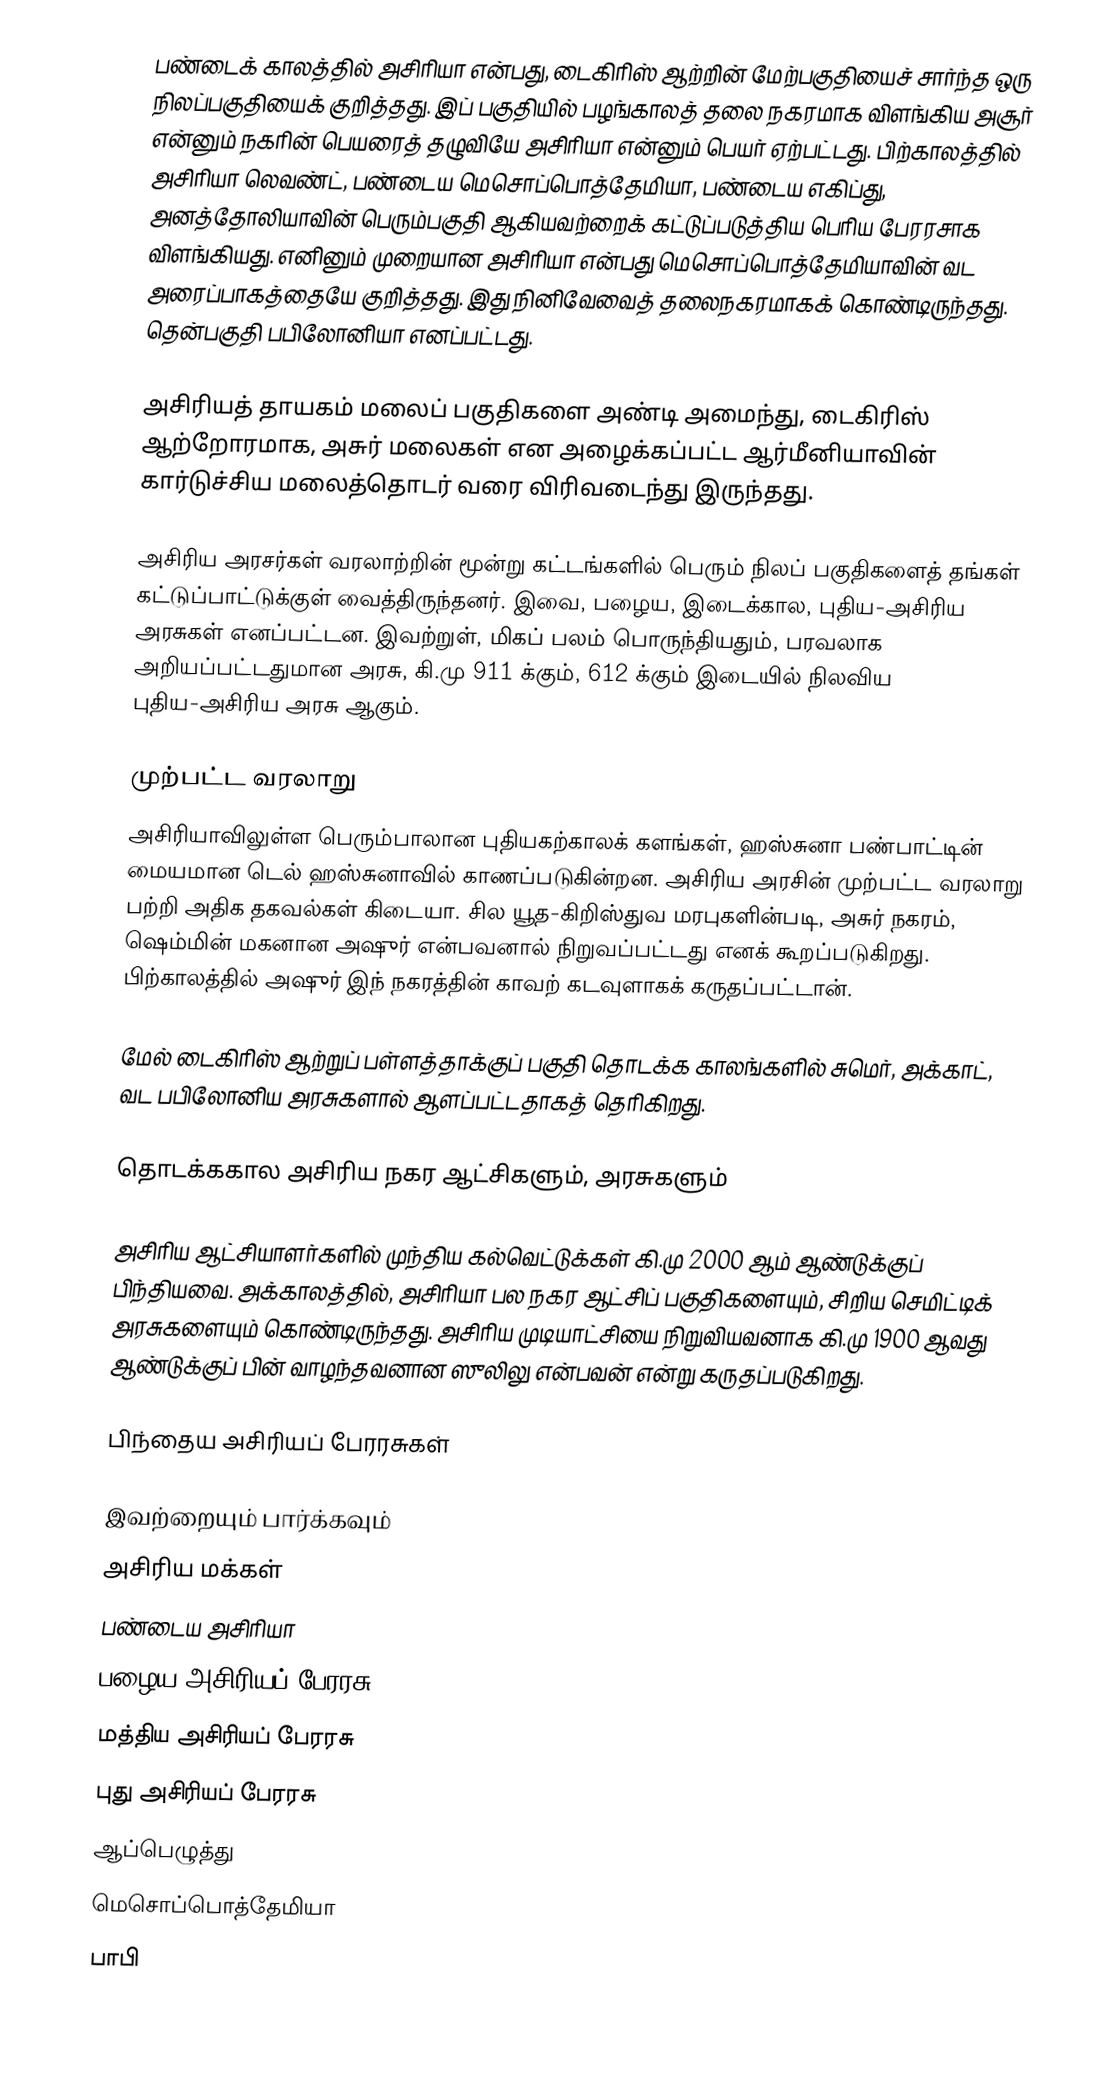
பண்டைக் காலத்தில் அசிரியா என்பது, டைகிரிஸ் ஆற்றின் மேற்பகுதியைச் சார்ந்த ஒரு நிலப்பகுதியைக் குறித்தது. இப் பகுதியில் பழங்காலத் தலை நகரமாக விளங்கிய அசூர் என்னும் நகரின் பெயரைத் தழுவியே அசிரியா என்னும் பெயர் ஏற்பட்டது. பிற்காலத்தில் அசிரியா லெவண்ட், பண்டைய மெசொப்பொத்தேமியா, பண்டைய எகிப்து, அனத்தோலியாவின் பெரும்பகுதி ஆகியவற்றைக் கட்டுப்படுத்திய பெரிய பேரரசாக விளங்கியது. எனினும் முறையான அசிரியா என்பது மெசொப்பொத்தேமியாவின் வட அரைப்பாகத்தையே குறித்தது. இது நினிவேவைத் தலைநகரமாகக் கொண்டிருந்தது. தென்பகுதி பபிலோனியா எனப்பட்டது.

அசிரியத் தாயகம் மலைப் பகுதிகளை அண்டி அமைந்து, டைகிரிஸ் ஆற்றோரமாக, அசுர் மலைகள் என அழைக்கப்பட்ட ஆர்மீனியாவின் கார்டுச்சிய மலைத்தொடர் வரை விரிவடைந்து இருந்தது.

அசிரிய அரசர்கள் வரலாற்றின் மூன்று கட்டங்களில் பெரும் நிலப் பகுதிகளைத் தங்கள் கட்டுப்பாட்டுக்குள் வைத்திருந்தனர். இவை, பழைய, இடைக்கால, புதிய-அசிரிய அரசுகள் எனப்பட்டன. இவற்றுள், மிகப் பலம் பொருந்தியதும், பரவலாக அறியப்பட்டதுமான அரசு, கி.மு 911 க்கும், 612 க்கும் இடையில் நிலவிய  புதிய-அசிரிய அரசு ஆகும்.

முற்பட்ட வரலாறு
அசிரியாவிலுள்ள பெரும்பாலான புதியகற்காலக் களங்கள், ஹஸ்சுனா பண்பாட்டின் மையமான டெல் ஹஸ்சுனாவில் காணப்படுகின்றன. அசிரிய அரசின் முற்பட்ட வரலாறு பற்றி அதிக தகவல்கள் கிடையா. சில யூத-கிறிஸ்துவ மரபுகளின்படி, அசுர் நகரம், ஷெம்மின் மகனான அஷுர் என்பவனால் நிறுவப்பட்டது எனக் கூறப்படுகிறது. பிற்காலத்தில் அஷுர் இந் நகரத்தின் காவற் கடவுளாகக் கருதப்பட்டான்.

மேல் டைகிரிஸ் ஆற்றுப் பள்ளத்தாக்குப் பகுதி தொடக்க காலங்களில் சுமெர், அக்காட், வட பபிலோனிய அரசுகளால் ஆளப்பட்டதாகத் தெரிகிறது.

தொடக்ககால அசிரிய நகர ஆட்சிகளும், அரசுகளும்

அசிரிய ஆட்சியாளர்களில் முந்திய கல்வெட்டுக்கள் கி.மு 2000 ஆம் ஆண்டுக்குப் பிந்தியவை. அக்காலத்தில், அசிரியா பல நகர ஆட்சிப் பகுதிகளையும், சிறிய செமிட்டிக் அரசுகளையும் கொண்டிருந்தது. அசிரிய முடியாட்சியை நிறுவியவனாக கி.மு 1900 ஆவது ஆண்டுக்குப் பின் வாழந்தவனான ஸுலிலு என்பவன் என்று கருதப்படுகிறது.

பிந்தைய அசிரியப் பேரரசுகள்

இவற்றையும் பார்க்கவும்
 அசிரிய மக்கள்
 பண்டைய அசிரியா
 பழைய அசிரியப் பேரரசு
 மத்திய அசிரியப் பேரரசு
 புது அசிரியப் பேரரசு
  ஆப்பெழுத்து
 மெசொப்பொத்தேமியா
 பாபி